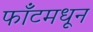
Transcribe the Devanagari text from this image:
फाँटमधून